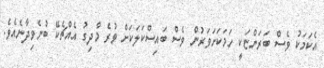
އެކަމަކު ވެސް ބަރަންޏަކީ ހަމަކަށަވަރުން ވެސް ބައިސްކަލަކަށް ވުރެ މާދިގު އެއްޗެކޭ ބުނެވިދާނެއެވެ.